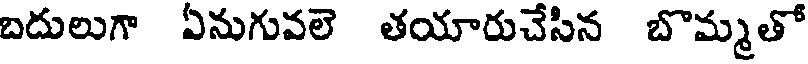
బదులుగా ఏనుగువలె తయారుచేసిన బొమ్మతో